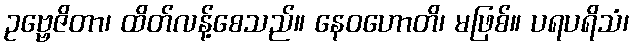
ဥဗ္ဗေဇိတာ၊ ထိတ်လန့်စေသည်။ နေဝဟောတိ၊ မဖြစ်။ ပရပရိသံ၊